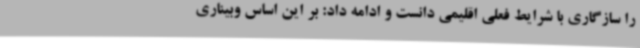
را سازگاری با شرایط فعلی اقلیمی دانست و ادامه داد: بر این اساس وبیناری